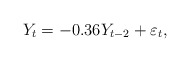
\begin{align*} Y_t = - 0.36 Y_{t-2} +\varepsilon_t,\end{align*}